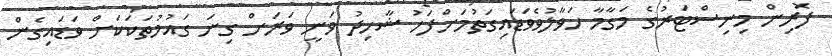
ފޮރިން މިނިސްޓަރުގެ މަގާމާ ހަވާލުވެވަޑައިގަތުމަށްފަހު ޝާހިދު ވަނީ ވަރަށް ގިނަ ގައުމުތަކަކަށް ވަޑައިގެން